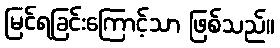
မြင်ရခြင်းကြောင့်သာ ဖြစ်သည်။